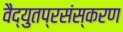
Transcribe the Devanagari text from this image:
वैद्युतप्रसंस्करण